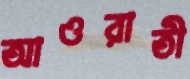
আওরাতী